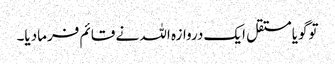
توگویامستقل ایک دروازہ اللہ نے قائم فرمادیا۔